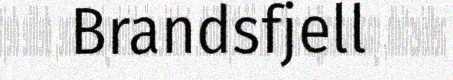
Brandsfjell